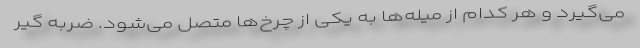
می‌گیرد و هر کدام از میله‌ها به یکی از چرخ‌ها متصل می‌شود. ضربه گیر